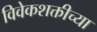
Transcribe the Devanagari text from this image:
विवेकशक्तीच्या